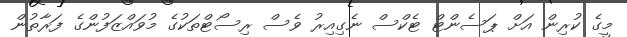
މީގެ ކުރިން އަށް ޕަސެންޓް ޓެކްސް ނެގިއިރު ވެސް ރިސޯޓްތަކުގެ މުވައްޒަފުންގެ ފަރާތުން